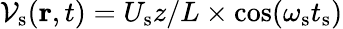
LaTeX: \mathcal{V}_{\mathrm{{s}}}({\mathbf{r}},t)=U_{\textrm{{s}}}z/L\times\mathrm{{cos}}(\omega_{\mathrm{{s}}}t_{\textrm{{s}}})